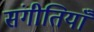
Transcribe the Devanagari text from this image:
संगीतियाँ